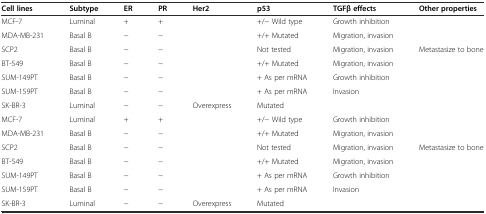
<table><thead><tr><td><b>Cell lines</b></td><td><b>Subtype</b></td><td><b>ER</b></td><td><b>PR</b></td><td><b>Her2</b></td><td><b>p53</b></td><td><b>TGFβ effects</b></td><td><b>Other properties</b></td></tr></thead><tbody><tr><td>MCF-7</td><td>Luminal</td><td>+</td><td>+</td><td></td><td>+/− Wild type</td><td>Growth inhibition</td><td></td></tr><tr><td>MDA-MB-231</td><td>Basal B</td><td>−</td><td>−</td><td></td><td>+/+ Mutated</td><td>Migration, invasion</td><td></td></tr><tr><td>SCP2</td><td>Basal B</td><td>−</td><td>−</td><td></td><td>Not tested</td><td>Migration, invasion</td><td>Metastasize to bone</td></tr><tr><td>BT-549</td><td>Basal B</td><td>−</td><td>−</td><td></td><td>+/+ Mutated</td><td>Migration, invasion</td><td></td></tr><tr><td>SUM-149PT</td><td>Basal B</td><td>−</td><td>−</td><td></td><td>+ As per mRNA</td><td>Growth inhibition</td><td></td></tr><tr><td>SUM-159PT</td><td>Basal B</td><td>−</td><td>−</td><td></td><td>+ As per mRNA</td><td>Invasion</td><td></td></tr><tr><td>SK-BR-3</td><td>Luminal</td><td>−</td><td>−</td><td>Overexpress</td><td>Mutated</td><td></td><td></td></tr><tr><td>MCF-7</td><td>Luminal</td><td>+</td><td>+</td><td></td><td>+/− Wild type</td><td>Growth inhibition</td><td></td></tr><tr><td>MDA-MB-231</td><td>Basal B</td><td>−</td><td>−</td><td></td><td>+/+ Mutated</td><td>Migration, invasion</td><td></td></tr><tr><td>SCP2</td><td>Basal B</td><td>−</td><td>−</td><td></td><td>Not tested</td><td>Migration, invasion</td><td>Metastasize to bone</td></tr><tr><td>BT-549</td><td>Basal B</td><td>−</td><td>−</td><td></td><td>+/+ Mutated</td><td>Migration, invasion</td><td></td></tr><tr><td>SUM-149PT</td><td>Basal B</td><td>−</td><td>−</td><td></td><td>+ As per mRNA</td><td>Growth inhibition</td><td></td></tr><tr><td>SUM-159PT</td><td>Basal B</td><td>−</td><td>−</td><td></td><td>+ As per mRNA</td><td>Invasion</td><td></td></tr><tr><td>SK-BR-3</td><td>Luminal</td><td>−</td><td>−</td><td>Overexpress</td><td>Mutated</td><td></td><td></td></tr></tbody></table>